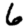
Digit: 6